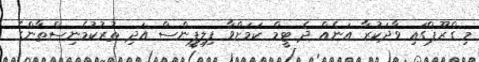
މި ގްރޫޕްގައި ވާދަކުރާ އަނެއް ދެ ޓީމް ކަމަށްވާ ފިލިޕީންސް އަދި ތުރުކުމެނިސްތާންގެ